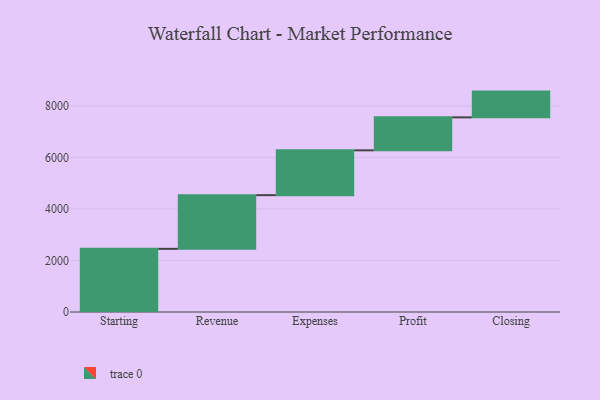
{"axis": {"x": "Step", "y": "Value"}, "legend": [""], "data": [{"x": "Starting", "y": 2453.0, "type": ""}, {"x": "Revenue", "y": 2085.0, "type": ""}, {"x": "Expenses", "y": 1741.0, "type": ""}, {"x": "Profit", "y": 1281.0, "type": ""}, {"x": "Closing", "y": 1000, "type": ""}]}